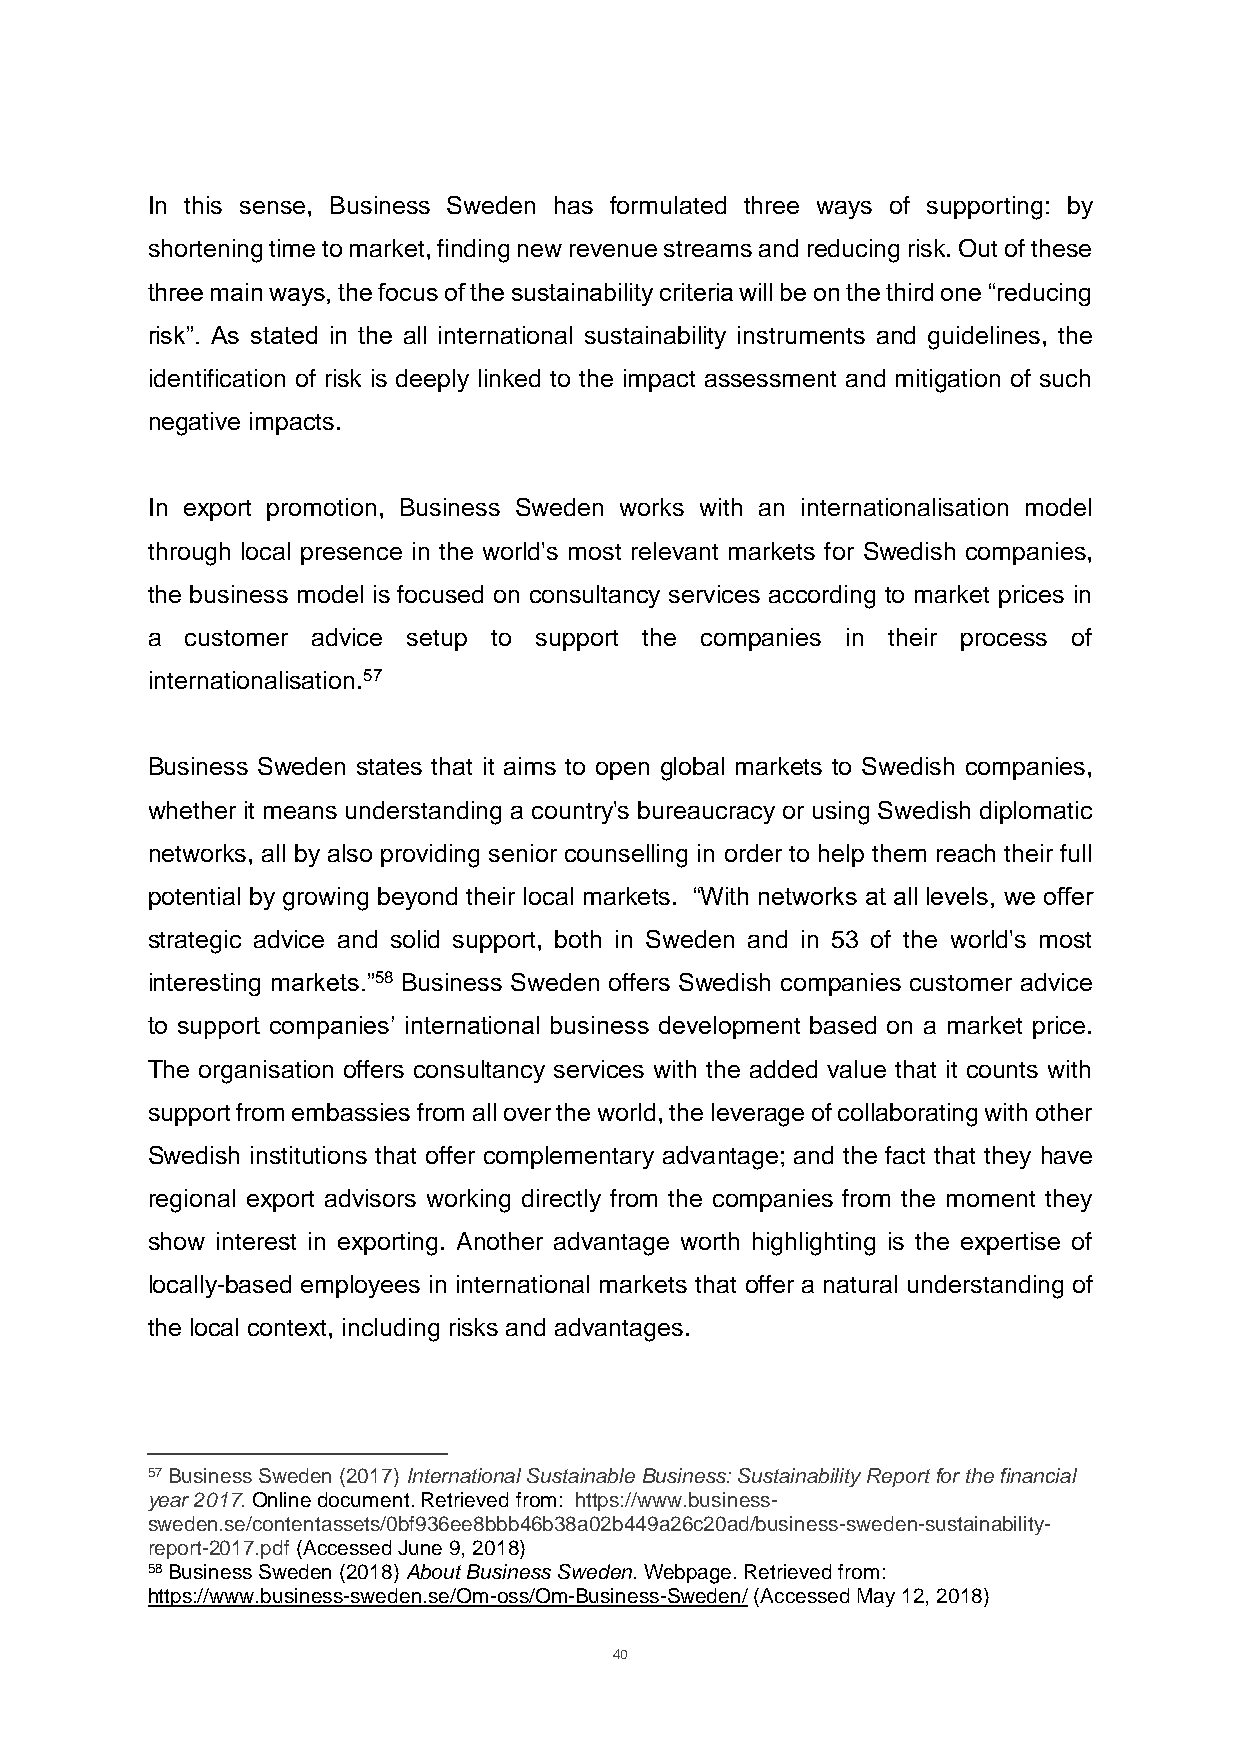
In this sense, Business Sweden has formulated three ways of supporting: by
 shortening time to market, finding new revenue streams and reducing risk. Out of these
 three main ways, the focus of the sustainability criteria will be on the third one “reducing
 risk”. As stated in the all international sustainability instruments and guidelines, the
 identification of risk is deeply linked to the impact assessment and mitigation of such
 negative impacts.
 In export promotion, Business Sweden works with an internationalisation model
 through local presence in the world's most relevant markets for Swedish companies,
 the business model is focused on consultancy services according to market prices in
 a customer advice setup to support the companies in their process of
 internationalisation.57
 Business Sweden states that it aims to open global markets to Swedish companies,
 whether it means understanding a country's bureaucracy or using Swedish diplomatic
 networks, all by also providing senior counselling in order to help them reach their full
 potential by growing beyond their local markets. “With networks at all levels, we offer
 strategic advice and solid support, both in Sweden and in 53 of the world's most
 interesting markets.”58 Business Sweden offers Swedish companies customer advice
 to support companies’ international business development based on a market price.
 The organisation offers consultancy services with the added value that it counts with
 support from embassies from all over the world, the leverage of collaborating with other
 Swedish institutions that offer complementary advantage; and the fact that they have
 regional export advisors working directly from the companies from the moment they
 show interest in exporting. Another advantage worth highlighting is the expertise of
 locally-based employees in international markets that offer a natural understanding of
 the local context, including risks and advantages.
 57 Business Sweden (2017) International Sustainable Business: Sustainability Report for the financial
 year 2017. Online document. Retrieved from: https://www.business-
 sweden.se/contentassets/0bf936ee8bbb46b38a02b449a26c20ad/business-sweden-sustainability-
 report-2017.pdf (Accessed June 9, 2018)
 58 Business Sweden (2018) About Business Sweden. Webpage. Retrieved from:
 https://www.business-sweden.se/Om-oss/Om-Business-Sweden/ (Accessed May 12, 2018)
 40